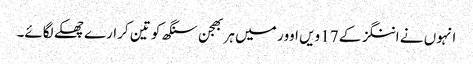
انہوں نے اننگز کے 17 ویں اوور میں ہربھجن سنگھ کو تین کرارے چھکے لگائے۔